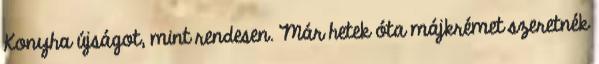
Konyha újságot, mint rendesen. Már hetek óta májkrémet szeretnék